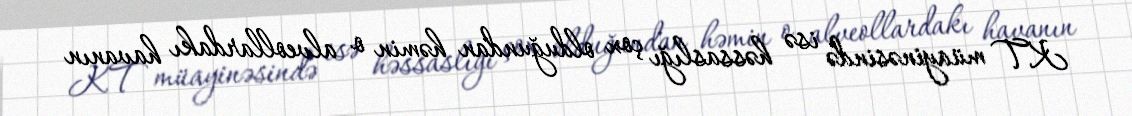
KT müayinəsində isə həssaslığı çox olduğundan həmin o alveollardakı havanın